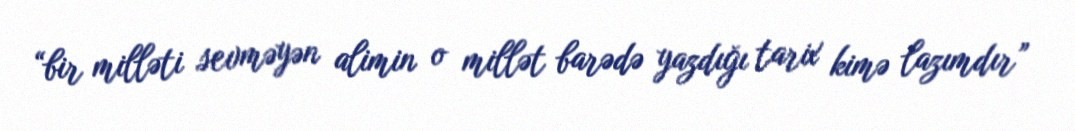
“bir milləti sevməyən alimin o millət barədə yazdığı tarix kimə lazımdır”